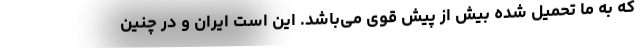
که به ما تحمیل شده بیش از پیش قوی می‌باشد. این است ایران و در چنین